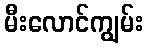
မီးလောင်ကျွမ်း